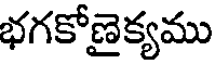
భగకోణైక్యము